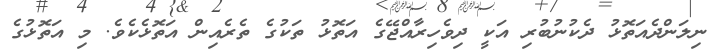
ނިލަންދެއަތޮޅު ދެކުނުބުރި އަކީ ދިވެހިރާއްޖޭގެ އަތޮޅު ތަކުގެ ތެރެއިން އަތޮޅެކެވެ. މި އަތޮޅުގެ